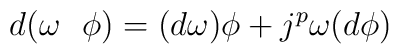
d(\omega \ \ \phi )=(d\omega )\phi +j^p\omega (d\phi )